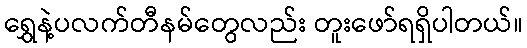
ရွှေနဲ့ပလက်တီနမ်တွေလည်း တူးဖော်ရရှိပါတယ်။